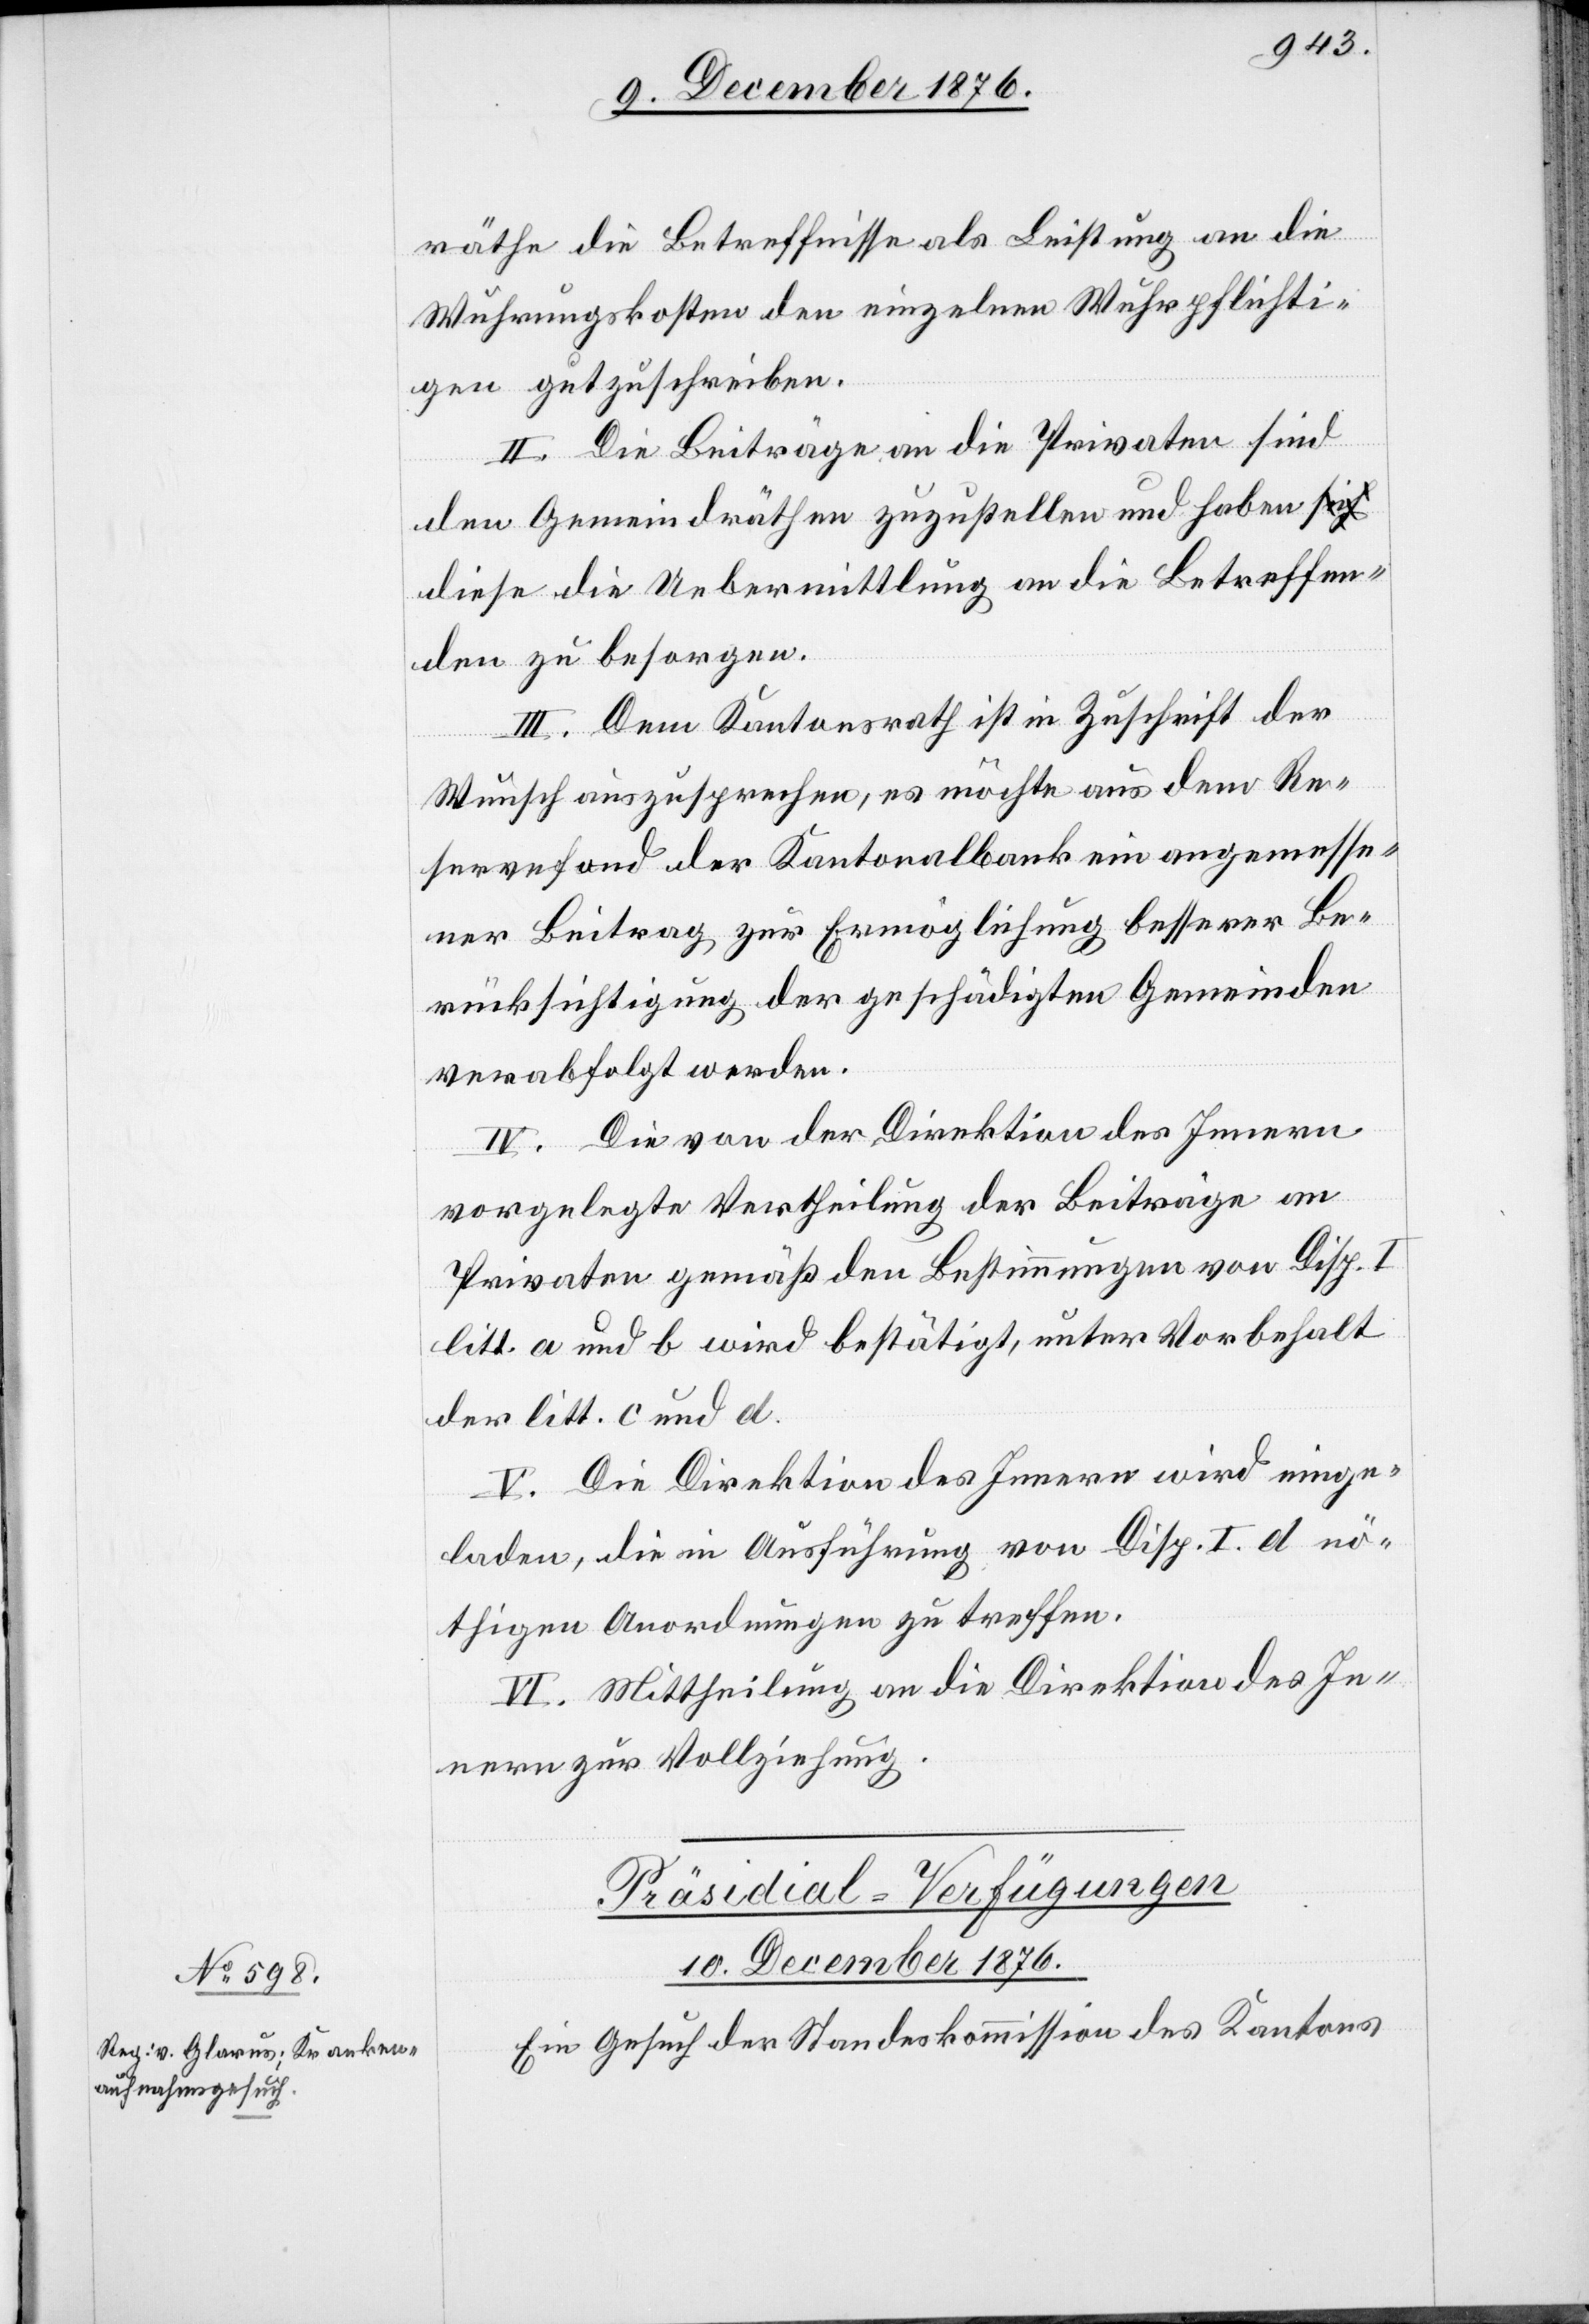
10. December 1876.
räthe die Betreffnisse als Leistung an die
Wuhrungskosten den einzelnen Wuhrpflichti¬
gen gutzuschreiben.
II. Die Beiträge an die Privaten sind
den Gemeindräthen zuzustellen und haben d¬
iese die Uebermittlung an die Betreffen¬
den zu besorgen.
III. Dem Kantonsrath ist in Zuschrift der
Wunsch auszusprechen, es möchte aus dem Re¬
servefond der Kantonalbank ein angemesse¬
ner Beitrag zur Ermöglichung besserer Be¬
rücksichtigung der geschädigten Gemeinden
verabfolgt werden.
IV. Die von der Direktion des Innern
vorgelegte Vertheilung der Beiträge an
Privaten gemäß den Bestimmungen von Disp. I
litt. a und b wird bestätigt, unter Vorbehalt
der litt. c und d.
V. Die Direktion des Innern wird einge¬
laden, die in Ausführung von Disp. I. d nö¬
thigen Anordnungen zu treffen.
VI. Mittheilung an die Direktion des In¬
nern zur Vollziehung.
Präsidial-Verfügungen
Ein Gesuch der Standeskommission des Kantons